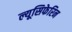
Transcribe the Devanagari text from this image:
ल्यूसिफेरिन